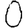
Digit: 0